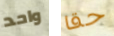
واحد حقا